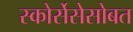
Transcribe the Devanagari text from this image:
स्कोर्सेसेसोबत